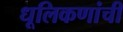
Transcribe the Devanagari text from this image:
धूलिकणांची